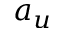
a _ { u }